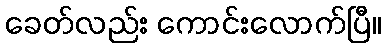
ခေတ်လည်း ကောင်းလောက်ပြီ။